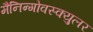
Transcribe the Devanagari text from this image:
मैनिन्गोवस्क्युलर